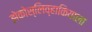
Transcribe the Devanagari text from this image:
झेकोस्लिव्हाकियाला